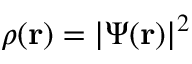
\rho ( { \mathbf r } ) = | \Psi ( { \mathbf r } ) | ^ { 2 }